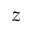
z